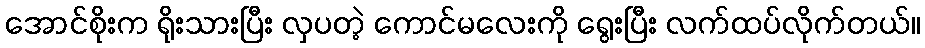
အောင်စိုးက ရိုးသားပြီး လှပတဲ့ ကောင်မလေးကို ရွေးပြီး လက်ထပ်လိုက်တယ်။